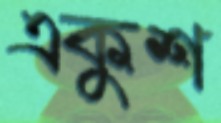
একুশ